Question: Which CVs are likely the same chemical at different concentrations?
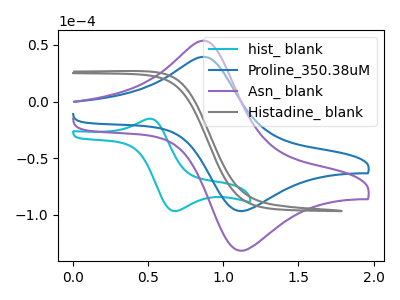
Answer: <think>The cyan curve "hist_ blank" has an anodic peak at (0.50V, -15.20uA) and a cathodic peak at (0.65V, -96.60uA). The blue curve "Proline_350.38uM" has an anodic peak at (0.85V, 39.45uA) and a cathodic peak at (1.10V, -96.65uA). The purple curve "Asn_ blank" has an anodic peak at (0.85V, 53.75uA) and a cathodic peak at (1.10V, -131.60uA). The gray curve "Histadine_ blank" has no peaks.
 "hist_ blank" and "Proline_350.38uM" have at least one peak that do not match. "hist_ blank" and "Asn_ blank" have at least one peak that do not match. "hist_ blank" and "Histadine_ blank" have a different number of peaks. All the peaks in "Proline_350.38uM" have a peak in "Asn_ blank" at the same potential. Every peak in "Proline_350.38uM" is lower than every peak in "Asn_ blank". "Proline_350.38uM" and "Histadine_ blank" have a different number of peaks. "Asn_ blank" and "Histadine_ blank" have a different number of peaks.</think>
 <answer>"Proline_350.38uM" and "Asn_ blank" have the same shape and are likely CV's of the same chemical.</answer>
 <eval>"Proline_350.38uM" "Asn_ blank"</eval>